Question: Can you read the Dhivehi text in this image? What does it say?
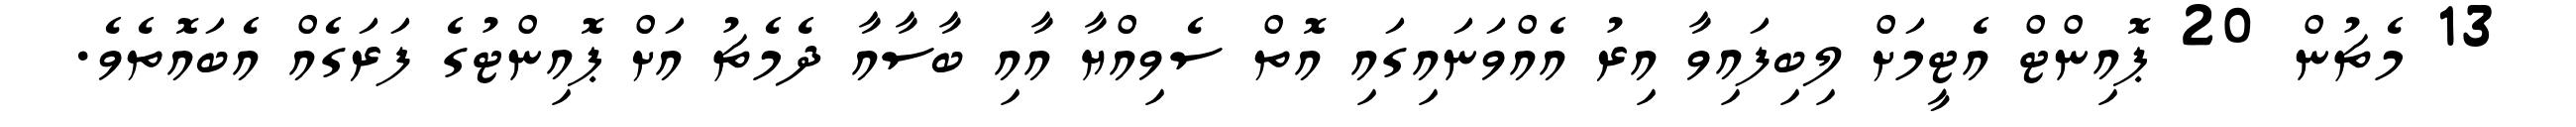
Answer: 13 މެޗުން 20 ޕޮއިންޓް އެޓީމަށް ލިބިފައިވާ އިރު އެއްވަނައިގައި އޮތް ސެވިއްޔާ އާއި ބާސާއާ ދެމެޗު އަށް ޕޮއިންޓުގެ ފަރަގެއް އެބައޮތެވެ.